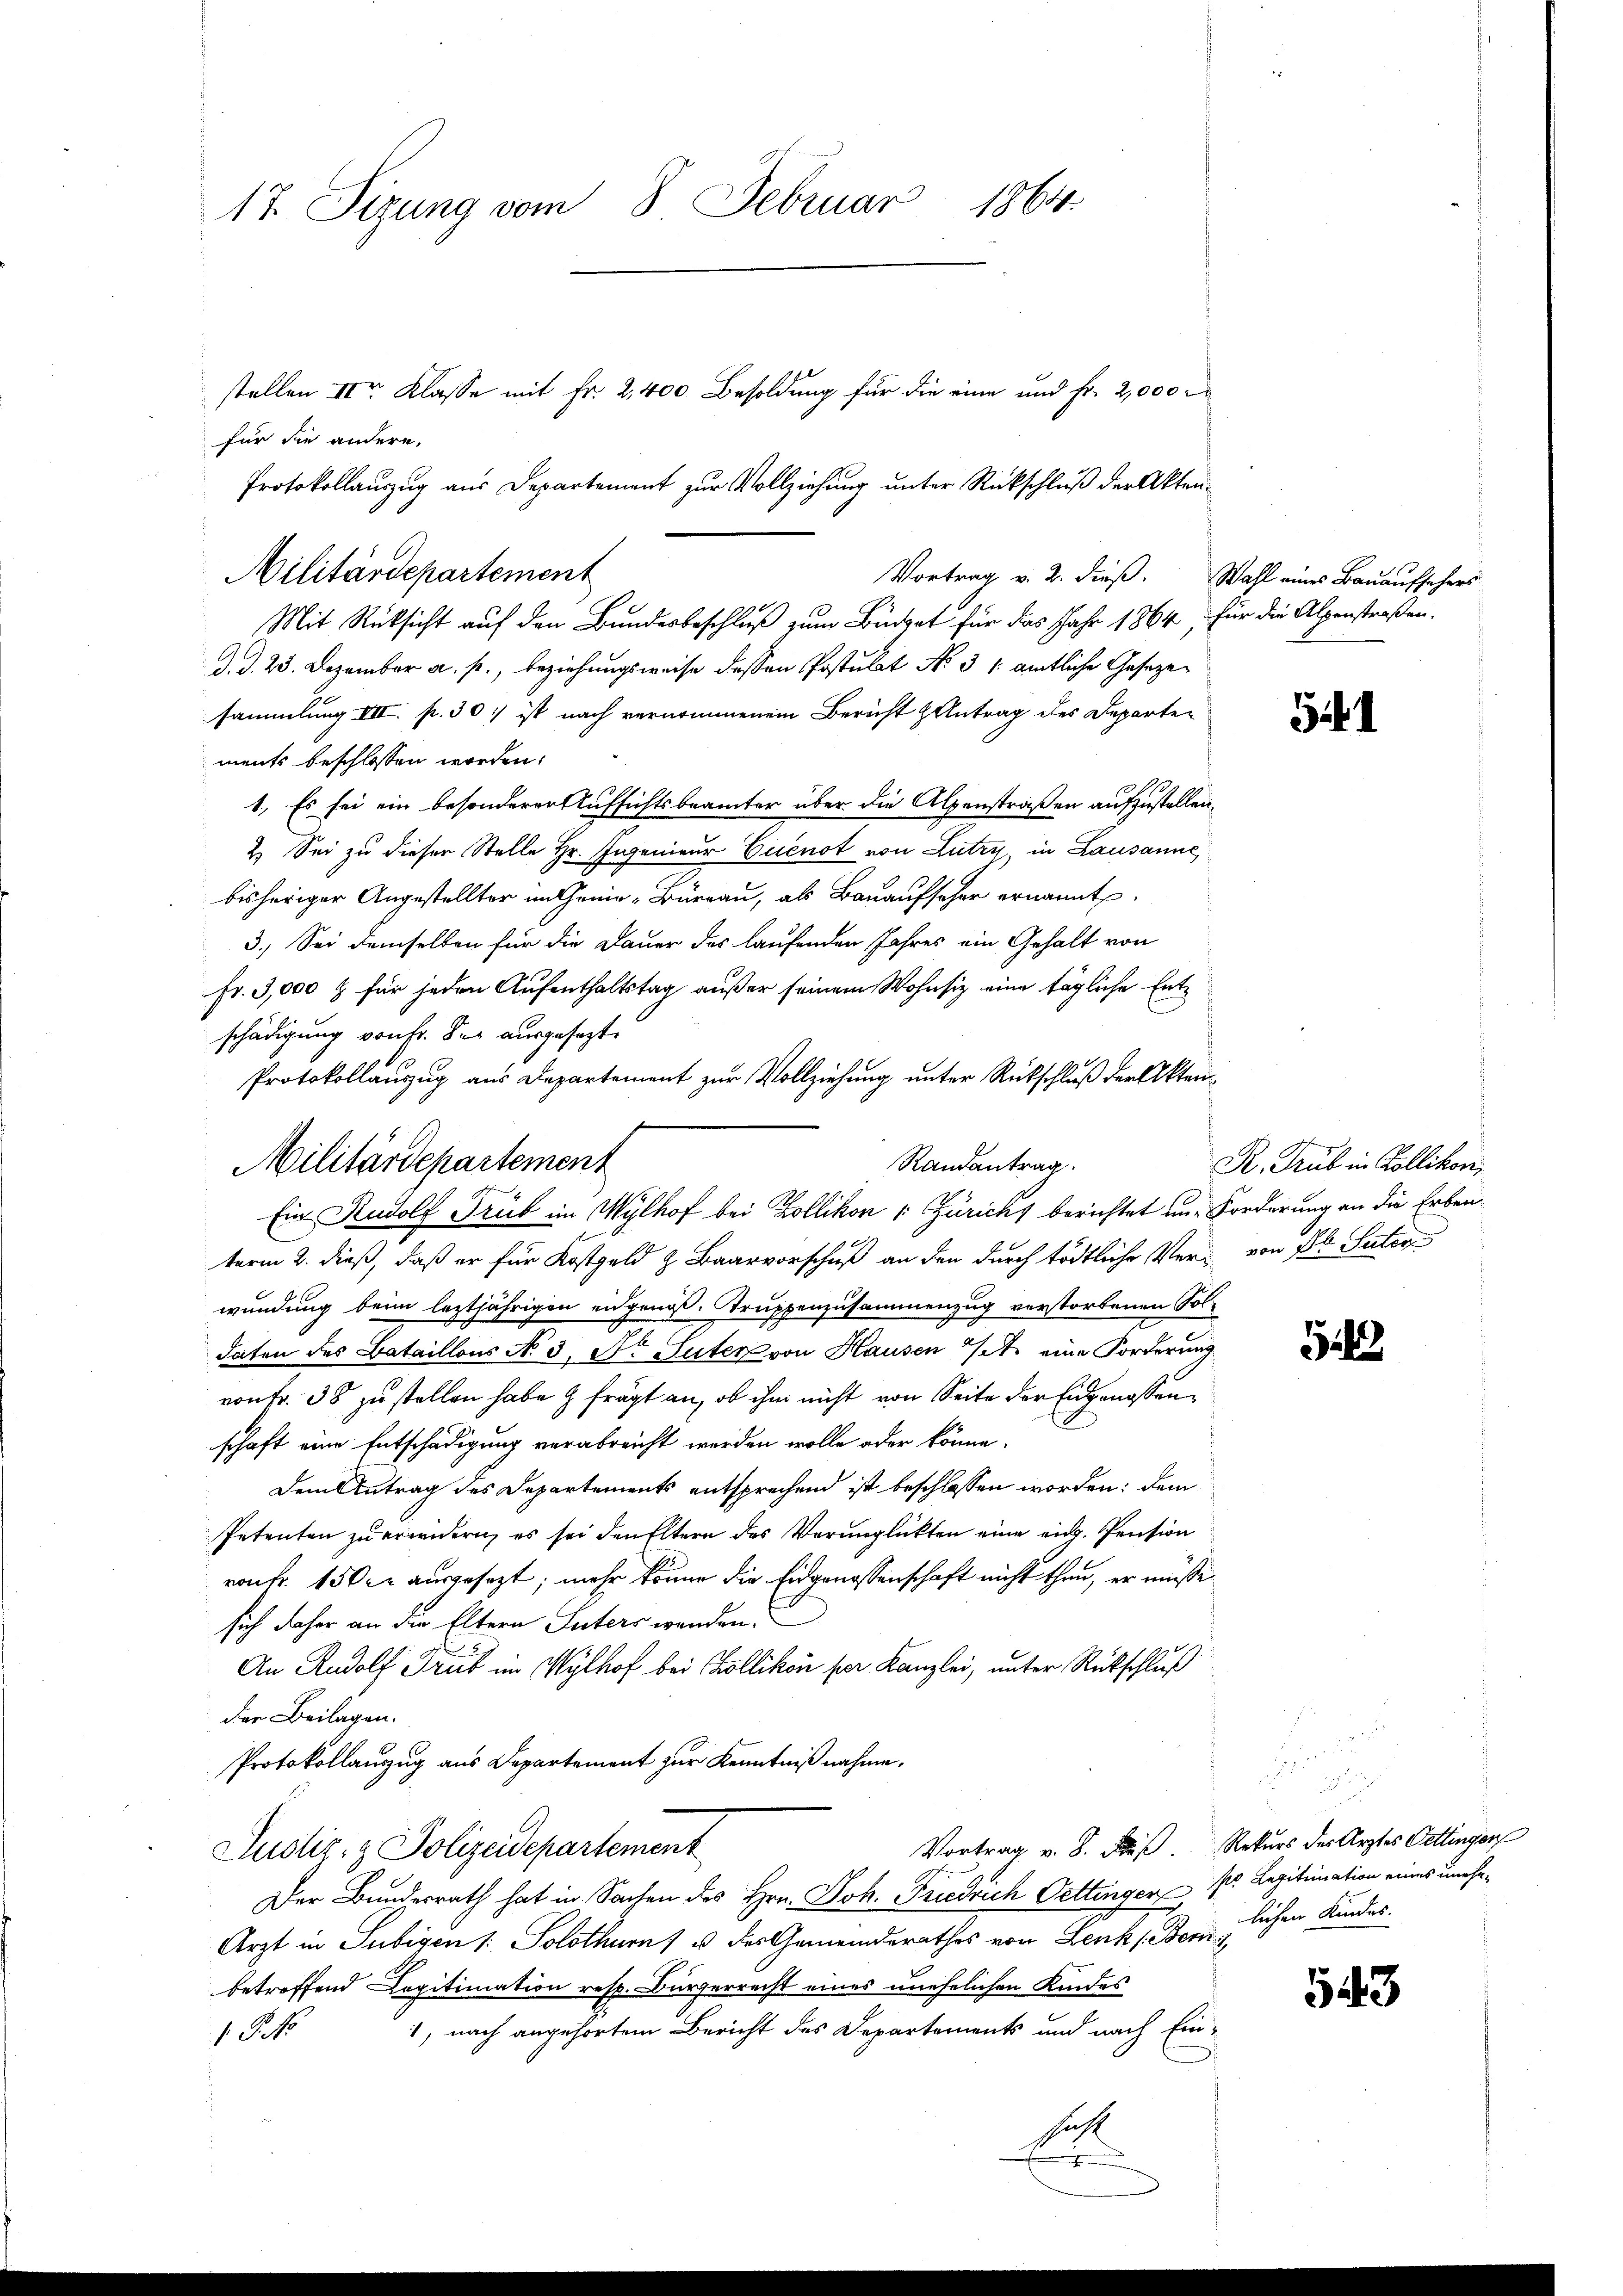
17. Sizung vom 8. Februar 1864.
stellen II Klasse mit Fr. 2,400 Besoldung für die eine und Fr. 2,000 r
für die andere,
Protokollauszug aus Departement zur Vollziehung unter Rückschluß der Akten¬

Militärdepartement
Vortrag v. 2. dieß.
Mit Rücksicht auf den Bundesbeschluß zum Büdget für das Jahr 1864, für die Alpenstraßen.

d. d. 23. Dezember a. p., beziehungsweise dessen Postulat No. 31. amtliche Gesezesammlung III. p. 30: ist nach vernommenem Bericht Antrag des Departen
ments beschlossen worden.
1.) Es sei ein besonderer Aufsichtsbeamter über die Alpenstraßen aufzustellen.
2.) Sei zu dieser Stelle Hr. Ingenieur Euenot von Lutry, in Lausanne
bisheriger Angestellter im Genie-Büreau, als Bauaufseher ernannt.
3.) Sei demselben für die Dauer des laufenden Jahres ein Gehalt von
Fr. 3,000 & für jeden Aufenthaltstag außer seinem Wohnsiz eine tägliche Entschädigung von Hr. Der ausgesezt.
Protokollauszug aus Departement zur Vollziehung unter Rückschluß der Aktenterm 2. dieß, daß er für Kostgeld & Baarvorschuß an den durch tödtliche Ver- von fl. Suter
wundung beim leztjährigen eidgenöß. Truppenzusammenzug verstorbenen Soldaten des Bataillons No. 3. Dr Suter von Hausen 7 eine Forderung
vonFr. 38 zu stellen habe & frägt an, ob ihm nicht von Seite der Eidgenossen,
schaft eine Entschädigung verabreicht werden wolle oder könne.
Dem Antrag des Departements entsprechend ist beschlossen worden: dem
Petenten zu erwidern, es sei den Eltern des Verunglückten eine eid. Pension
ront. 150 r ausgesezt, mehr könne die Eidgenossenschaft nicht thun, er müsse.
sich daher an die Eltern Suters wenden.
An Rudolf Trüb im Wylhof bei Zollikon per Kanzlei, unter Rückschluß
der Beilagen.
Protokollauszug aus Departement zur Kenntniß nahme.
Justiz- & Polizeidepartement
Der Bundesrath hat in Sachen des Hrn. Joh. Friedrich Oettinger, s. Legitimation eines unehe¬
Arzt in Subigen 1: Solothurn u der Gemeinderathes von Lenk (Bern lichen Kindes.
betreffend Copitimation resp. Bürgerrecht eines unehelichen Kindes
1, nach angehörtem Bericht des Departements und nach Ein-
 P. N
sicht

Randantrag.
Militärdepartement
Ein Rudolf Trüb im Wylhof bei Zollikon (: Züricht berichtet um Forderung an die Erben¬

F

Wahl eines Bauaufsehers

54

R. Trub in Kollikon,

14

Vortrag v. 8. Fuß. Rekurs der Ärztes Vettinger

543